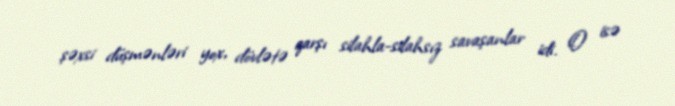
şəxsi düşmənləri yox, dövlətə qarşı silahla-silahsız savaşanlar idi. O isə